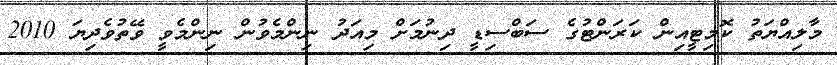
މާލިއްޔަތު ކޮމިޓީއިން ކަރަންޓުގެ ސަބްސިޑީ ދިނުމަށް މިއަދު ނިންމެވުން ނިންމެވީ ވޭތުވެދިޔަ 2010